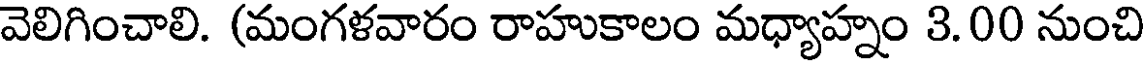
వెలిగించాలి. (మంగళవారం రాహుకాలం మధ్యాహ్నం 3.00 నుంచి